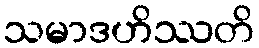
သမာဒဟိဿတိ